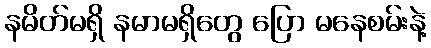
နမိတ်မရှိ နမာမရှိတွေ ပြော မနေစမ်းနဲ့